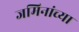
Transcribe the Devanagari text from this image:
जमिनांच्या